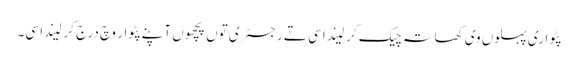
پٹواری پہلوں وی کھاتہ چیک کر لیندا سی تے رجسٹری توں پچھوں آپنے پٹوار وچ درج کر لیندا سی۔